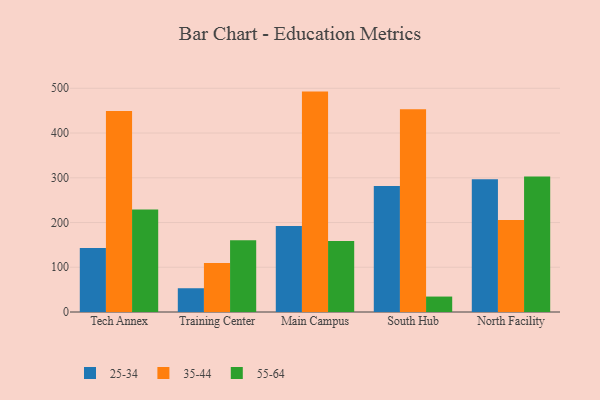
{"axis": {"x": "Campus", "y": "Net Income (USD K)"}, "legend": ["25-34", "35-44", "55-64"], "data": [{"x": "Tech Annex", "y": 143.1, "type": "25-34"}, {"x": "Tech Annex", "y": 449.1, "type": "35-44"}, {"x": "Tech Annex", "y": 229.3, "type": "55-64"}, {"x": "Training Center", "y": 53.1, "type": "25-34"}, {"x": "Training Center", "y": 109.3, "type": "35-44"}, {"x": "Training Center", "y": 160.5, "type": "55-64"}, {"x": "Main Campus", "y": 192.3, "type": "25-34"}, {"x": "Main Campus", "y": 492.6, "type": "35-44"}, {"x": "Main Campus", "y": 158.6, "type": "55-64"}, {"x": "South Hub", "y": 281.4, "type": "25-34"}, {"x": "South Hub", "y": 453.2, "type": "35-44"}, {"x": "South Hub", "y": 34.5, "type": "55-64"}, {"x": "North Facility", "y": 296.9, "type": "25-34"}, {"x": "North Facility", "y": 205.9, "type": "35-44"}, {"x": "North Facility", "y": 302.6, "type": "55-64"}]}